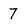
Character: 7